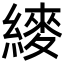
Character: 𬗴